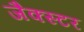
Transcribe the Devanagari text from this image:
जैक्स्टर